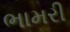
ભામરી